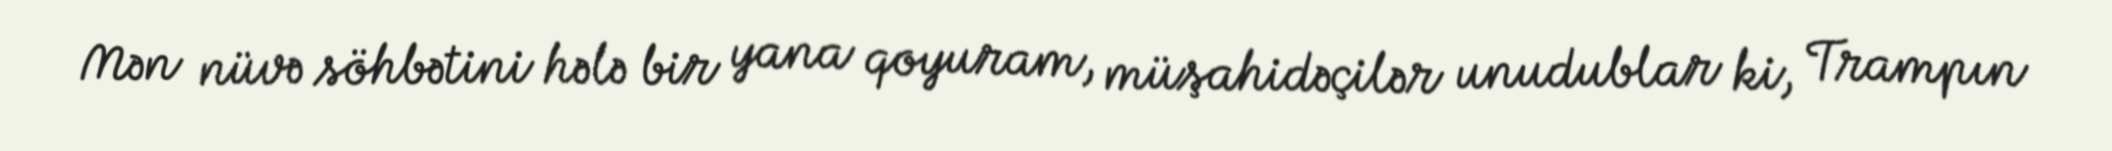
Mən nüvə söhbətini hələ bir yana qoyuram, müşahidəçilər unudublar ki, Trampın